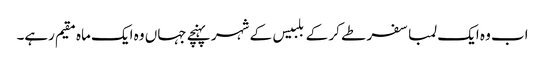
اب وہ ایک لمبا سفر طے کر کے بلبیس کے شہر پہنچے جہاں وہ ایک ماہ مقیم رہے۔